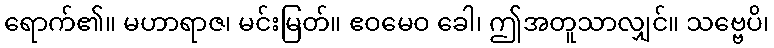
ရောက်၏။ မဟာရာဇ၊ မင်းမြတ်။ ဧဝမေဝ ခေါ၊ ဤအတူသာလျှင်။ သဗ္ဗေပိ၊